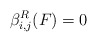
\begin{align*} \beta_{i, j}^R(F) = 0\quad \end{align*}